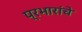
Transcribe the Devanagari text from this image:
प्रभारांचे